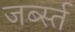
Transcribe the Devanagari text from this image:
जर्ब्स्त